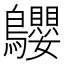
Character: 𪈤